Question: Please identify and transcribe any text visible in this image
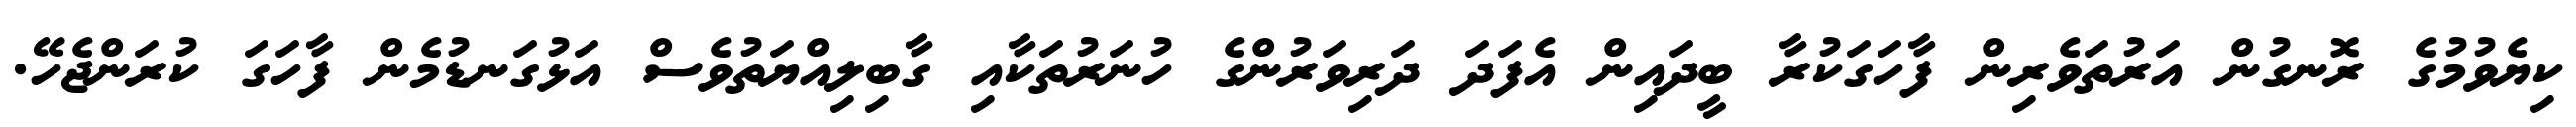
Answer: ކިޔެވުމުގެ ރޮނގުން އަރުތަވެރިން ފާހަގަކުރާ ބީދައިން އެފަދަ ދަރިވަރުންގެ ހުނަރުތަކާއި ގާބިލިއްޔަތުވެސް އަޅުގަނޑުމެން ފާހަގަ ކުރަންޖެހޭ.